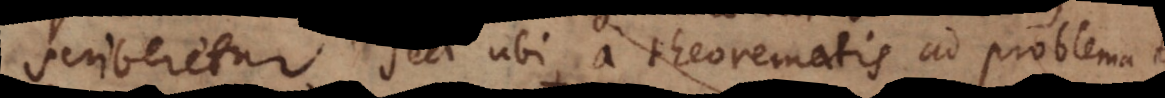
scriberetur sed ubi a theorematis ad problemata